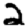
Digit: 2